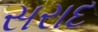
સરાદ